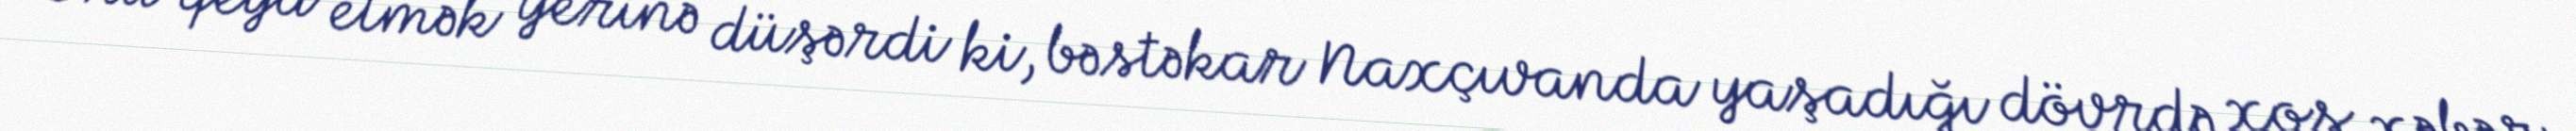
Onu qeyd etmək yerinə düşərdi ki, bəstəkar Naxçıvanda yaşadığı dövrdə xoş xəbər